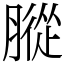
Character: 䐫